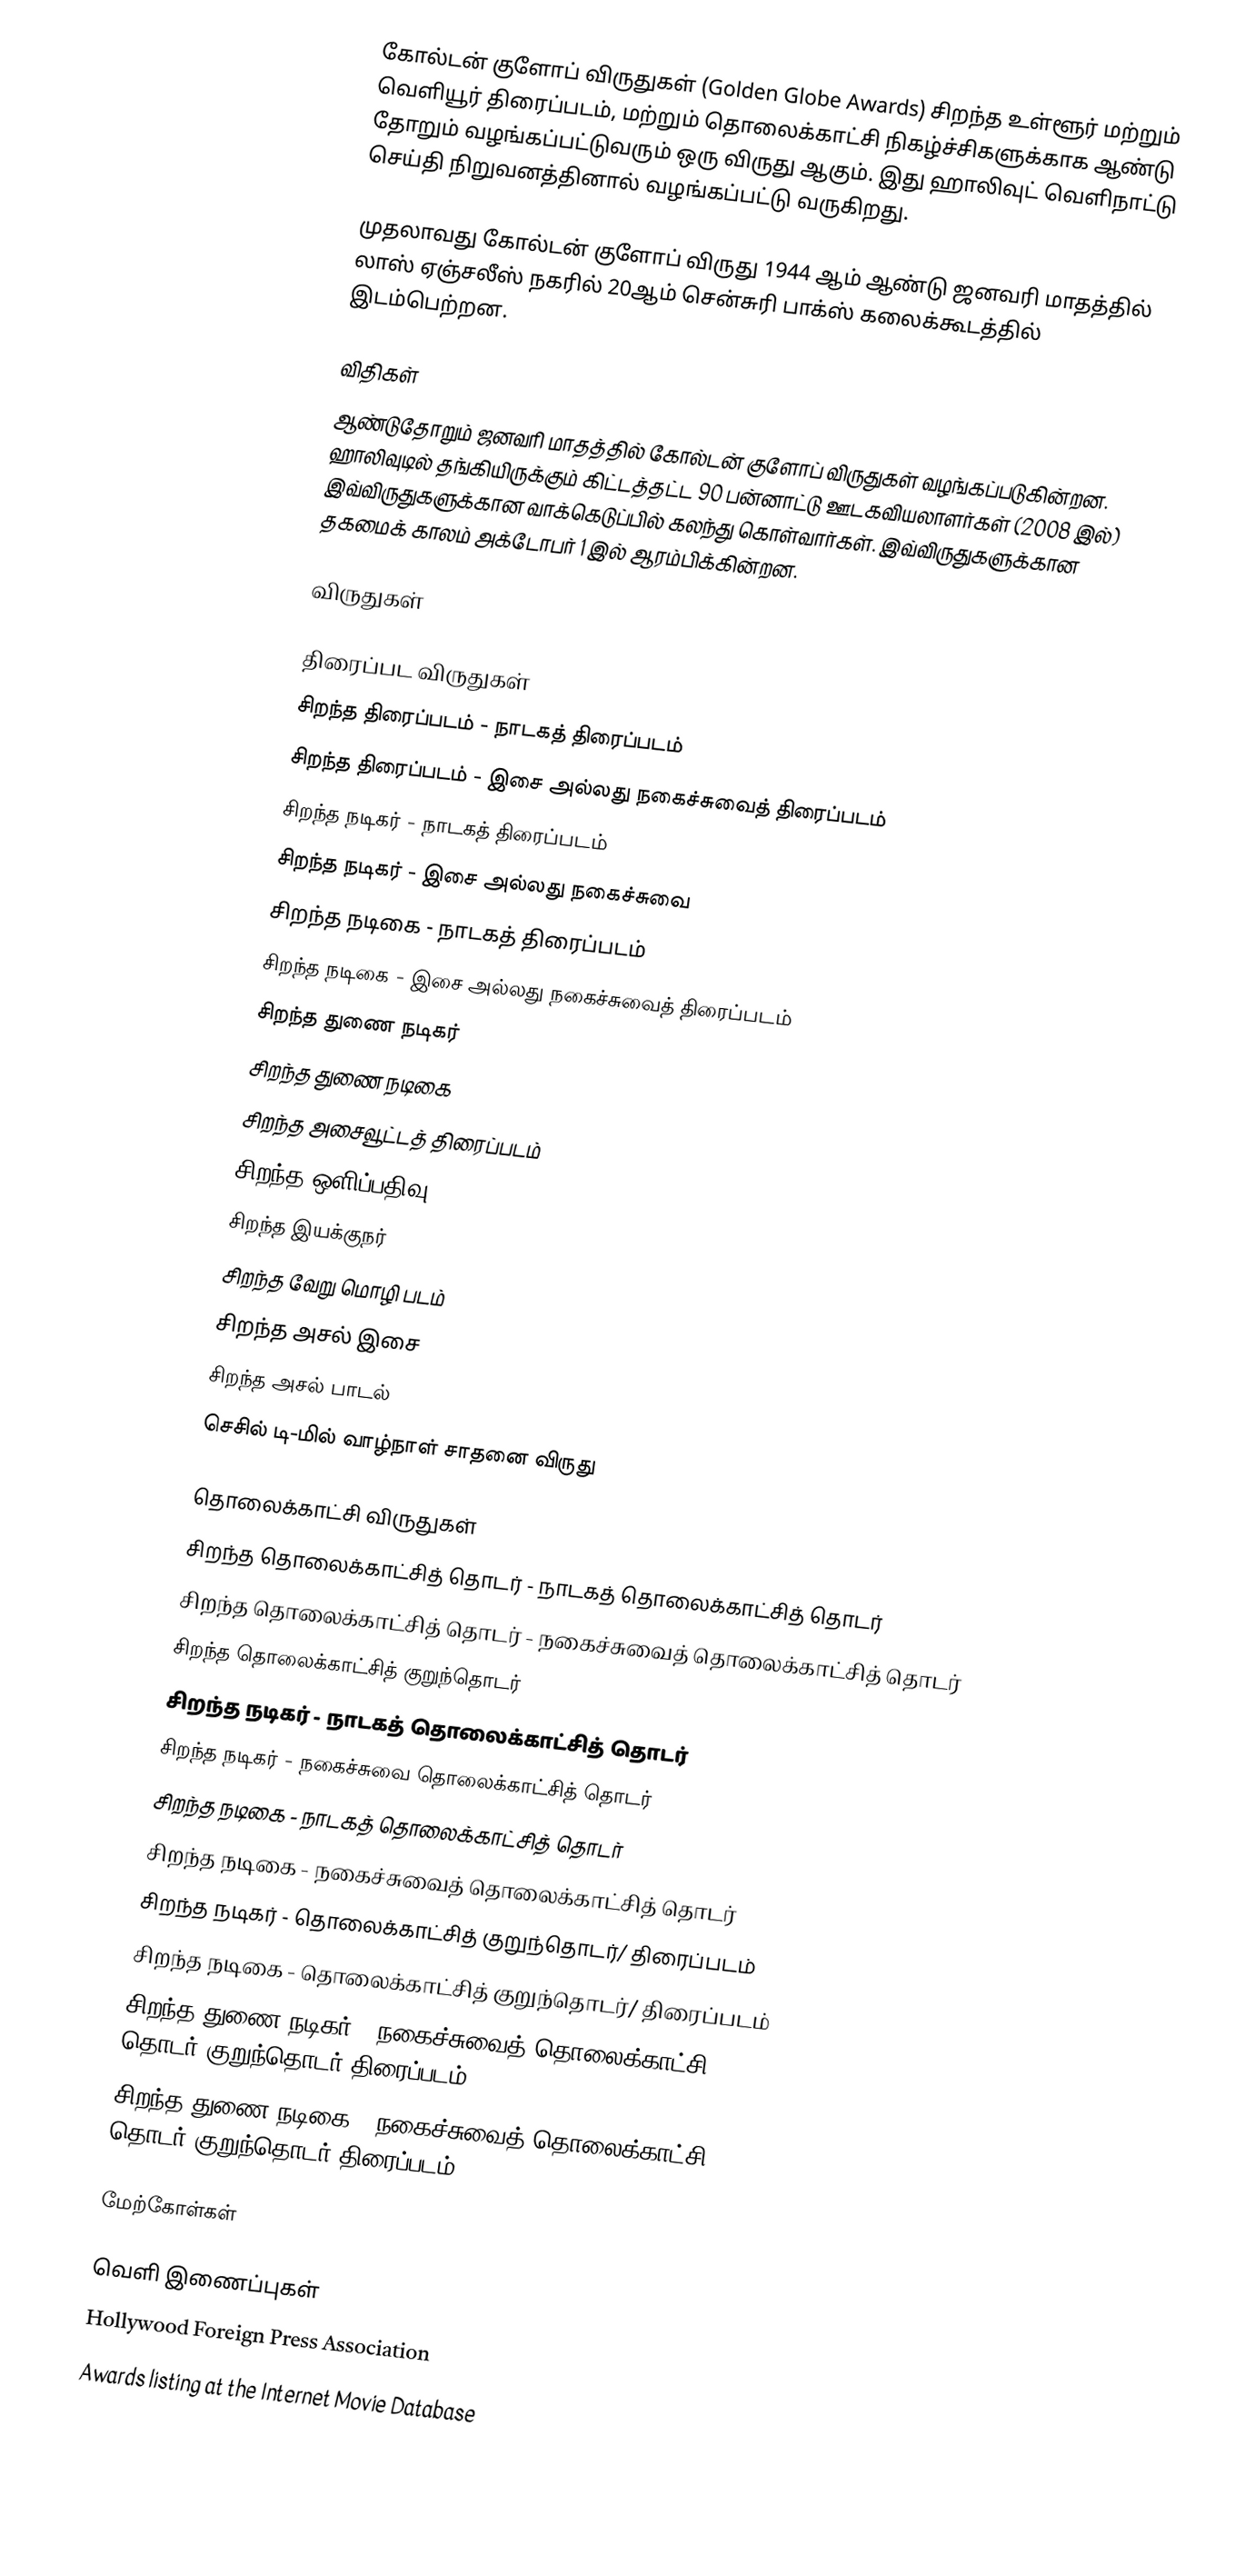
கோல்டன் குளோப் விருதுகள் (Golden Globe Awards) சிறந்த உள்ளூர் மற்றும் வெளியூர் திரைப்படம், மற்றும் தொலைக்காட்சி நிகழ்ச்சிகளுக்காக ஆண்டு தோறும் வழங்கப்பட்டுவரும் ஒரு விருது ஆகும். இது ஹாலிவுட் வெளிநாட்டு செய்தி நிறுவனத்தினால் வழங்கப்பட்டு வருகிறது.

முதலாவது கோல்டன் குளோப் விருது 1944 ஆம் ஆண்டு ஜனவரி மாதத்தில் லாஸ் ஏஞ்சலீஸ் நகரில் 20ஆம் சென்சுரி பாக்ஸ் கலைக்கூடத்தில் இடம்பெற்றன.

விதிகள்
ஆண்டுதோறும் ஜனவரி மாதத்தில் கோல்டன் குளோப் விருதுகள் வழங்கப்படுகின்றன. ஹாலிவுடில் தங்கியிருக்கும் கிட்டத்தட்ட 90 பன்னாட்டு ஊடகவியலாளர்கள் (2008 இல்) இவ்விருதுகளுக்கான வாக்கெடுப்பில் கலந்து கொள்வார்கள். இவ்விருதுகளுக்கான தகமைக் காலம் அக்டோபர் 1 இல் ஆரம்பிக்கின்றன.

விருதுகள்

திரைப்பட விருதுகள்
 சிறந்த திரைப்படம் - நாடகத் திரைப்படம்
 சிறந்த திரைப்படம் - இசை அல்லது நகைச்சுவைத் திரைப்படம்
 சிறந்த நடிகர் - நாடகத் திரைப்படம்
 சிறந்த நடிகர் - இசை அல்லது நகைச்சுவை
 சிறந்த நடிகை - நாடகத் திரைப்படம்
 சிறந்த நடிகை - இசை அல்லது நகைச்சுவைத் திரைப்படம்
 சிறந்த துணை நடிகர்
 சிறந்த துணை நடிகை
 சிறந்த அசைவூட்டத் திரைப்படம்
 சிறந்த ஒளிப்பதிவு
 சிறந்த இயக்குநர்
 சிறந்த வேறு மொழி படம்
 சிறந்த அசல் இசை
 சிறந்த அசல் பாடல்
 செசில் டி-மில் வாழ்நாள் சாதனை விருது

தொலைக்காட்சி விருதுகள்
 சிறந்த தொலைக்காட்சித் தொடர் - நாடகத் தொலைக்காட்சித் தொடர்
 சிறந்த தொலைக்காட்சித் தொடர் - நகைச்சுவைத் தொலைக்காட்சித் தொடர்
 சிறந்த தொலைக்காட்சித் குறுந்தொடர்
 சிறந்த நடிகர் - நாடகத் தொலைக்காட்சித் தொடர்
 சிறந்த நடிகர் - நகைச்சுவை தொலைக்காட்சித் தொடர்
 சிறந்த நடிகை - நாடகத் தொலைக்காட்சித் தொடர்
 சிறந்த நடிகை - நகைச்சுவைத் தொலைக்காட்சித் தொடர்
 சிறந்த நடிகர் - தொலைக்காட்சித் குறுந்தொடர்/ திரைப்படம்
 சிறந்த நடிகை - தொலைக்காட்சித் குறுந்தொடர்/ திரைப்படம்
 சிறந்த துணை நடிகர் - நகைச்சுவைத் தொலைக்காட்சி தொடர்/குறுந்தொடர்/திரைப்படம்
 சிறந்த துணை நடிகை - நகைச்சுவைத் தொலைக்காட்சி தொடர்/குறுந்தொடர்/திரைப்படம்

மேற்கோள்கள்

வெளி இணைப்புகள்
 Hollywood Foreign Press Association
 Awards listing  at the Internet Movie Database